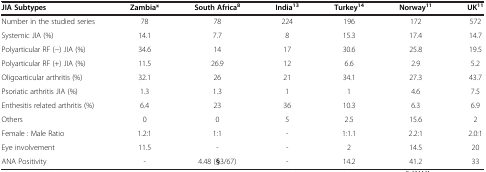
<table><thead><tr><td><b>JIA Subtypes</b></td><td><b>Zambia*</b></td><td><b>South Africa<sup>8</sup></b></td><td><b>India<sup>13</sup></b></td><td><b>Turkey<sup>14</sup></b></td><td><b>Norway<sup>11</sup></b></td><td><b>UK<sup>11</sup></b></td></tr></thead><tbody><tr><td>Number in the studied series</td><td>78</td><td>78</td><td>224</td><td>196</td><td>172</td><td>572</td></tr><tr><td>Systemic JIA (%)</td><td>14.1</td><td>7.7</td><td>8</td><td>15.3</td><td>17.4</td><td>14.7</td></tr><tr><td>Polyarticular RF (−) JIA (%)</td><td>34.6</td><td>14</td><td>17</td><td>30.6</td><td>25.8</td><td>19.5</td></tr><tr><td>Polyarticular RF (+) JIA (%)</td><td>11.5</td><td>26.9</td><td>12</td><td>6.6</td><td>2.9</td><td>5.2</td></tr><tr><td>Oligoarticular arthritis (%)</td><td>32.1</td><td>26</td><td>21</td><td>34.1</td><td>27.3</td><td>43.7</td></tr><tr><td>Psoriatic arthritis JIA (%)</td><td>1.3</td><td>1.3</td><td>1</td><td>1</td><td>4.6</td><td>7.5</td></tr><tr><td>Enthesitis related arthritis (%)</td><td>6.4</td><td>23</td><td>36</td><td>10.3</td><td>6.3</td><td>6.9</td></tr><tr><td>Others</td><td>0</td><td>0</td><td>5</td><td>2.5</td><td>15.6</td><td>2</td></tr><tr><td>Female : Male Ratio</td><td>1.2:1</td><td>1:1</td><td>-</td><td>1:1.1</td><td>2.2:1</td><td>2.0:1</td></tr><tr><td>Eye involvement</td><td>11.5</td><td>-</td><td>-</td><td>2</td><td>14.5</td><td>20</td></tr><tr><td>ANA Positivity</td><td>-</td><td>4.48 (<b>§</b>3/67)</td><td>-</td><td>14.2</td><td>41.2</td><td>33</td></tr></tbody></table>